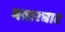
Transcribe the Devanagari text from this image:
मन्नारघाट